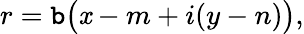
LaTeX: r=\mathtt{b}{\bigl(}\mathit{x}-m+i(y-n){\bigr)},